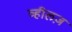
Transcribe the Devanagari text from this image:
व्हीलज़